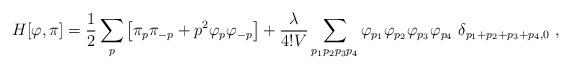
LaTeX: \begin{align*}H[\varphi,\pi]=\frac{1}{2} \sum_{p}\left[ \pi_p \pi_{-p} + p^2 \varphi_p \varphi_{-p} \right]+ {\lambda\over 4!V} \sum_{p_1 p_2 p_3 p_4}\varphi_{p_1}\varphi_{p_2} \varphi_{p_3}\varphi_{p_4}~\delta_{p_1+p_2+p_3+p_4,0} ~,\end{align*}